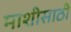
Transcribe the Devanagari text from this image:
माशीसाठी